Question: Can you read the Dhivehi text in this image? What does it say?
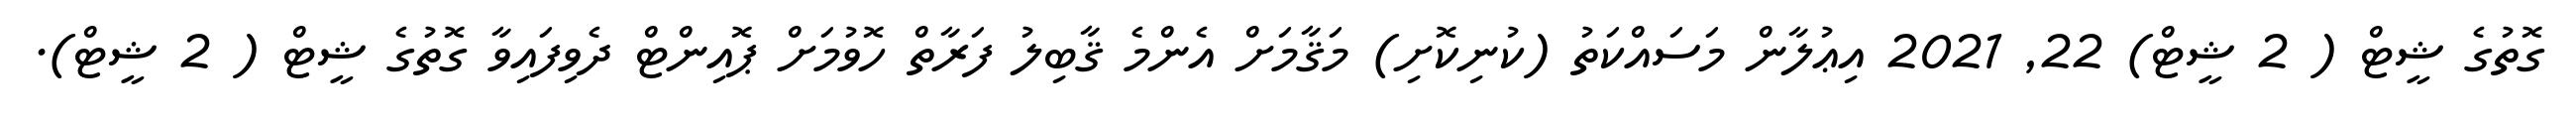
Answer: ގޮތުގެ ޝީޓް ( 2 ޝީޓް) 22, 2021 އިޢުލާން މަސައްކަތު (ކުނިކޮށި) މަޤާމަށް އެންމެ ޤާބިލު ފަރާތް ހޮވުމަށް ޕޮއިންޓް ދެވިފައިވާ ގޮތުގެ ޝީޓް ( 2 ޝީޓް).